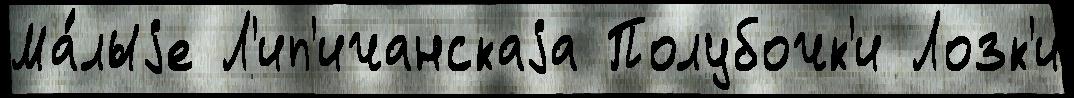
Ма́лыjе Л'ип'ичанскаjа Полубочк'и Лозк'и